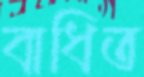
বাধিত